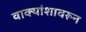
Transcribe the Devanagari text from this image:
वाक्यांशावरून